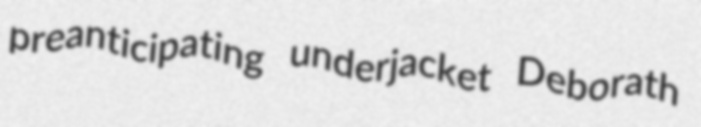
preanticipating underjacket Deborath